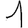
Digit: 1